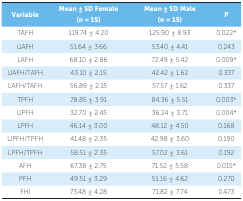
<table><thead><tr><td><b>Variable</b></td><td><b>Mean ± SD Female(n = 15)</b></td><td><b>Mean ± SD Male(n = 15)</b></td><td><b>P</b></td></tr></thead><tbody><tr><td> TAFH</td><td> 119.74 ± 4.20</td><td> 125.90 ± 8.93</td><td> 0.022*</td></tr><tr><td> UAFH</td><td> 51.64 ± 3.66</td><td> 53.40 ± 4.41</td><td> 0.243</td></tr><tr><td> LAFH</td><td> 68.10 ± 2.86</td><td> 72.49 ± 5.42</td><td> 0.009*</td></tr><tr><td> UAFH/TAFH</td><td> 43.10 ± 2.15</td><td> 42.42 ± 1.62</td><td> 0.337</td></tr><tr><td> LAFH/TAFH</td><td> 56.89 ± 2.15</td><td> 57.57 ± 1.62</td><td> 0.337</td></tr><tr><td> TPFH</td><td> 78.85 ± 3.91</td><td> 84.36 ± 5.51</td><td> 0.003*</td></tr><tr><td> UPFH</td><td> 32.70 ± 2.45</td><td> 36.24 ± 3.71</td><td> 0.004*</td></tr><tr><td> LPFH</td><td> 46.14 ± 3.00</td><td> 48.12 ± 4.50</td><td> 0.168</td></tr><tr><td> UPFH/TPFH</td><td> 41.48 ± 2.35</td><td> 42.98 ± 3.60</td><td> 0.190</td></tr><tr><td> LPFH/TPFH</td><td> 58.51 ± 2.35</td><td> 57.02 ± 3.61</td><td> 0.192</td></tr><tr><td> AFH</td><td> 67.38 ± 2.75</td><td> 71.52 ± 5.58</td><td> 0.015*</td></tr><tr><td> PFH</td><td> 49.51 ± 3.29</td><td> 51.16 ± 4.62</td><td> 0.270</td></tr><tr><td> FHI</td><td> 73.48 ± 4.28</td><td> 71.82 ± 7.74</td><td> 0.473</td></tr></tbody></table>